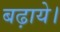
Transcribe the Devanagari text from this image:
बढ़ाये।